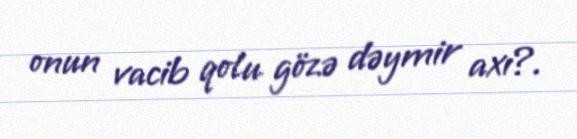
onun vacib qolu gözə dəymir axı?.